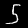
Label: 5